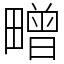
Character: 㽪